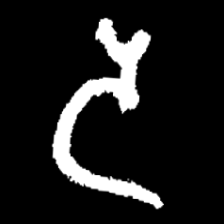
Pyu character \u2014 Myanmar letter: ဒ (romanized: da)